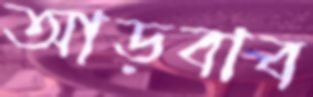
আড়বাব